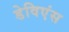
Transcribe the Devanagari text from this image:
डेविएंस